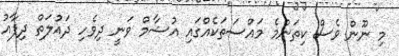
މި ނޫން ވެސް ކިތަންމެ މައްސަތަކެއްގައި އުޝާމް ވަނީ ދިވެހި ދައުލަތް ދިފާއު